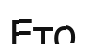
Ето